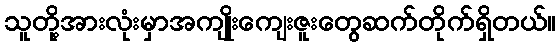
သူတို့အားလုံးမှာအကျိုးကျေးဇူးတွေဆက်တိုက်ရှိတယ်။